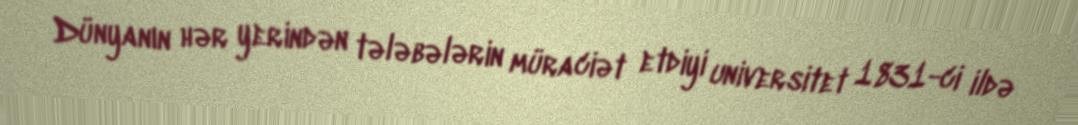
Dünyanın hər yerindən tələbələrin müraciət etdiyi universitet 1831-ci ildə